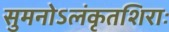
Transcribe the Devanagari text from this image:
सुमनोऽलंकृतशिराः